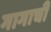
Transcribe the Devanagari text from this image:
गागाची